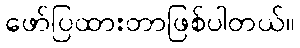
ဖော်ပြထားတာဖြစ်ပါတယ်။